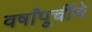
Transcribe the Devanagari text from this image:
वर्षांपूर्चीचे